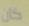
كان